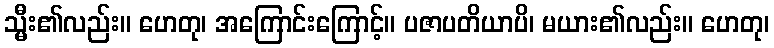
သ္မီး၏လည်း။ ဟေတု၊ အကြောင်းကြောင့်။ ပဇာပတိယာပိ၊ မယား၏လည်း။ ဟေတု၊